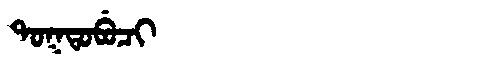
Manchu: ᡨᠣᡴᡨᠣᠪᡠᠴᡳ
Romanization: TOKTOBUCI